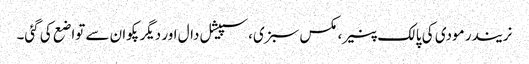
نریندر مودی کی پالک پنیر، مکس سبزی، سپیشل دال اور دیگرپکوان سے تواضع کی گئی۔